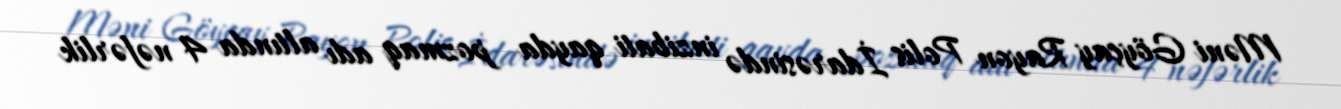
Məni Göyçay Rayon Polis İdarəsində inzibati qayda pozmaq adı altında 4 nəfərlik